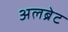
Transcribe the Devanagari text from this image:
अलब्रेट